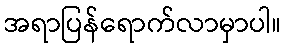
အရာပြန်ရောက်လာမှာပါ။